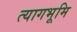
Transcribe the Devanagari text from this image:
त्यागभूमि